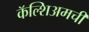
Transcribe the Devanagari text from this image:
कॅल्शिअमची